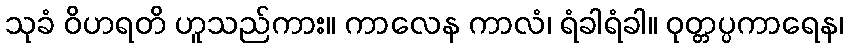
သုခံ ဝိဟရတိ ဟူသည်ကား။ ကာလေန ကာလံ၊ ရံခါရံခါ။ ဝုတ္တပ္ပကာရေန၊